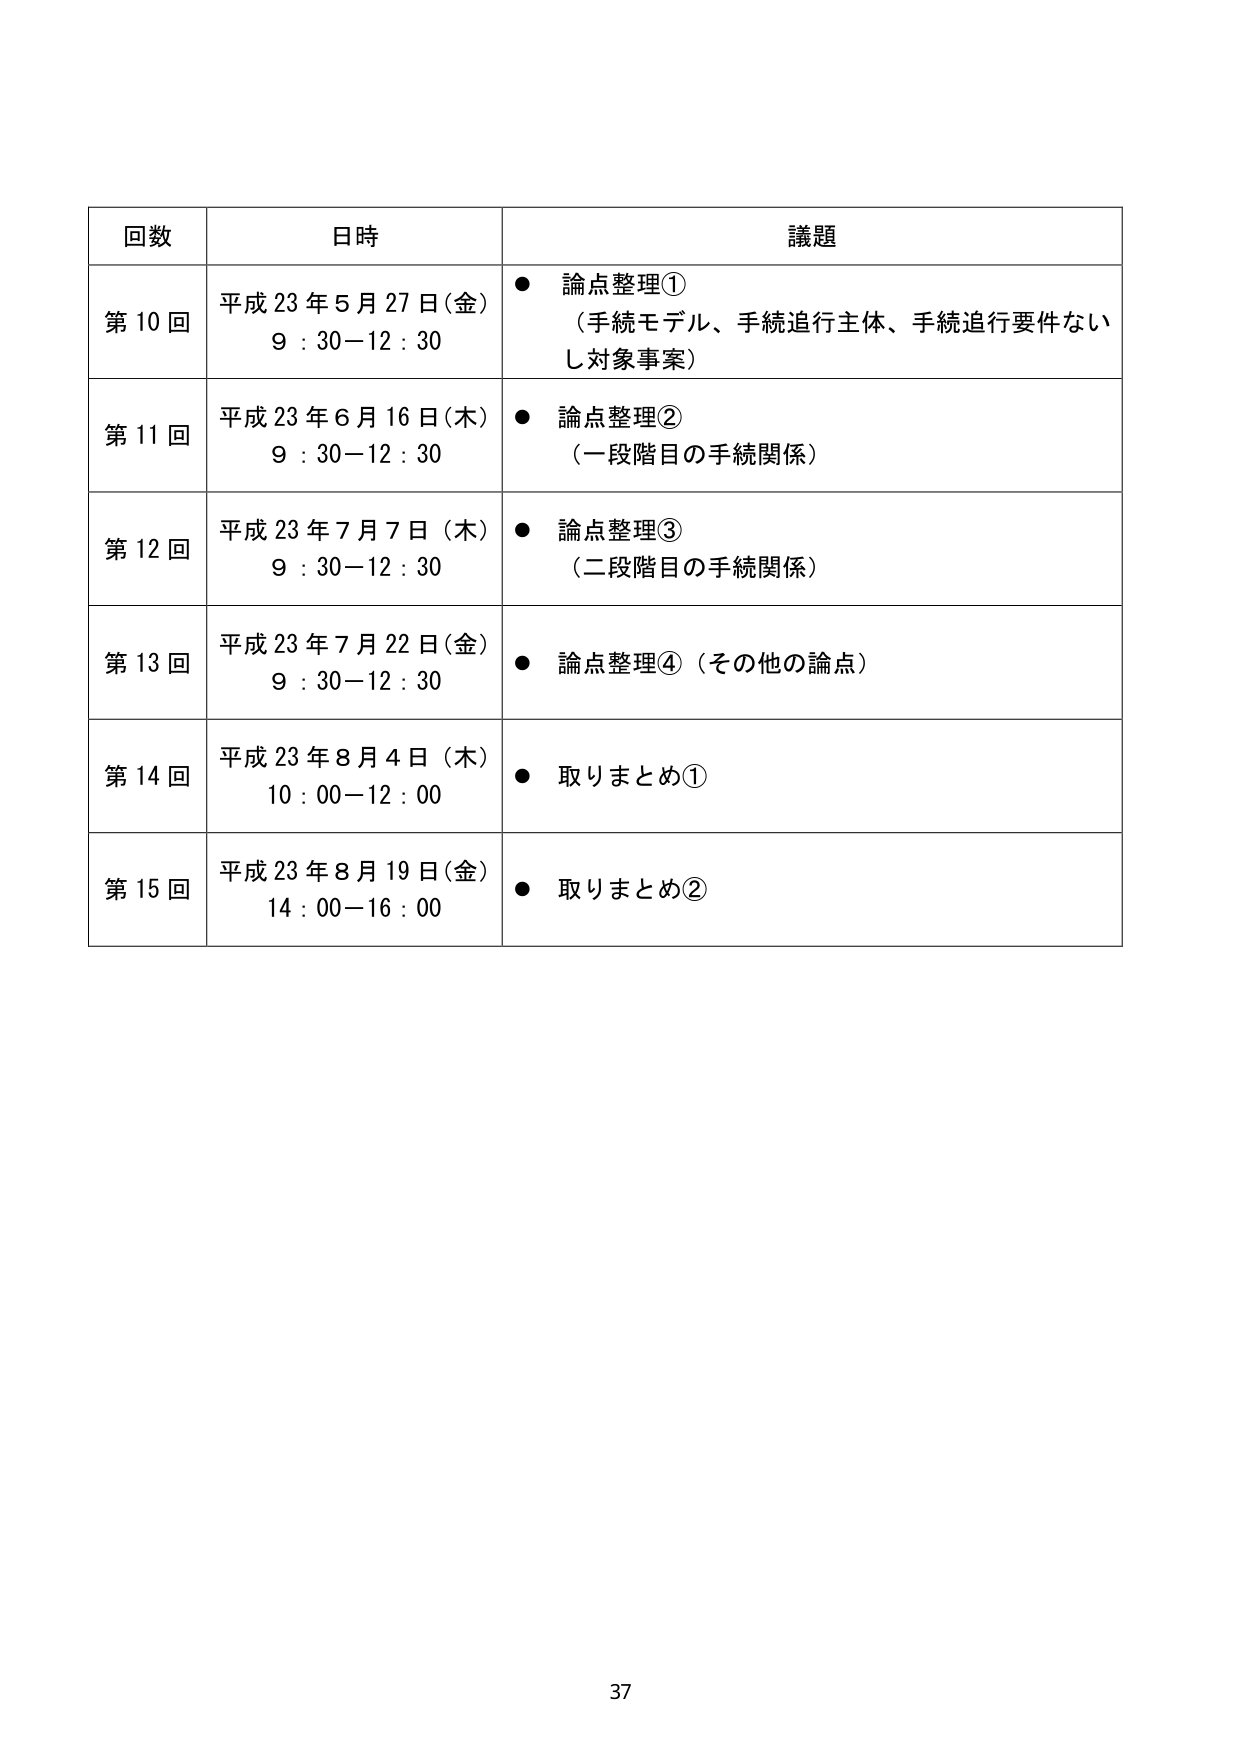
回数 日時 議題
第10回 平成23年5月27日(金) 9:30-12:30 ● 論点整理① （手続モデル、手続追行主体、手続追行要件ないし対象事案）
第11回 平成23年6月16日(木) 9:30-12:30 ● 論点整理② （一段階目の手続関係）
第12回 平成23年7月7日(木) 9:30-12:30 ● 論点整理③ （二段階目の手続関係）
第13回 平成23年7月22日(金) 9:30-12:30 ● 論点整理④（その他の論点）
第14回 平成23年8月4日(木) 10:00-12:00 ● 取りまとめ①
第15回 平成23年8月19日(金) 14:00-16:00 ● 取りまとめ②
37